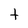
Character: t